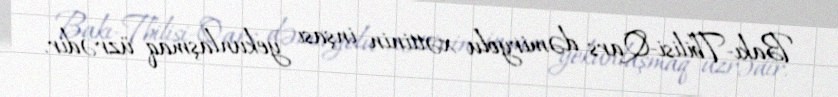
Bakı-Tbilisi-Qars dəmiryolu xəttinin inşası yekunlaşmaq üzrədir.